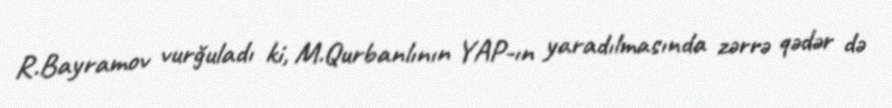
R.Bayramov vurğuladı ki, M.Qurbanlının YAP-ın yaradılmasında zərrə qədər də